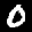
Label: 0